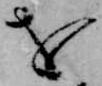
を